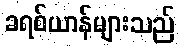
ခရစ်ယာန်များသည်